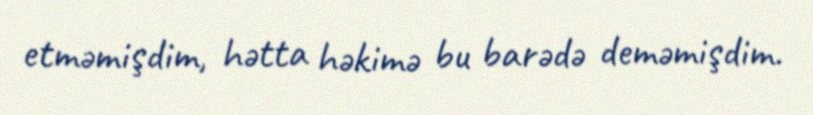
etməmişdim, hətta həkimə bu barədə deməmişdim.